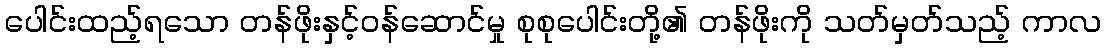
ပေါင်းထည့်ရသော တန်ဖိုးနှင့်ဝန်ဆောင်မှု စုစုပေါင်းတို့၏ တန်ဖိုးကို သတ်မှတ်သည့် ကာလ